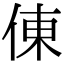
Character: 倲